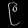
Digit: ၉